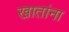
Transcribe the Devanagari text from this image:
खातांना